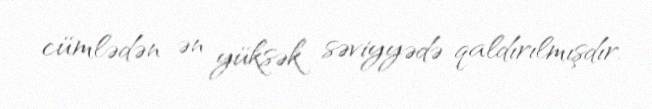
cümlədən ən yüksək səviyyədə qaldırılmışdır.